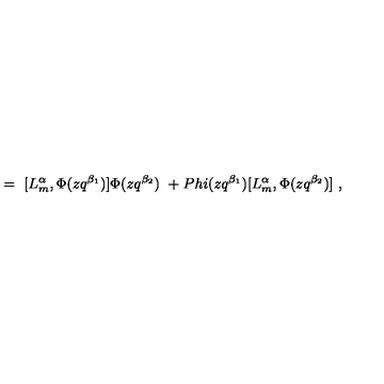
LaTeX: = \ [ L _ { m } ^ { \alpha } , \Phi ( z q ^ { \beta _ { 1 } } ) ] \Phi ( z q ^ { \beta _ { 2 } } ) \ + P h i ( z q ^ { \beta _ { 1 } } ) [ L _ { m } ^ { \alpha } , \Phi ( z q ^ { \beta _ { 2 } } ) ] \ ,